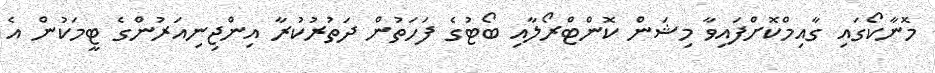
މޮނާކޯގައި ގާއިމްކޮށްފައިވާ މިޝަން ކޮންޓްރޯލާއި ބޯޓުގެ ފަހަތުން ދަތުރުކުރާ އިންޖިނިއަރުންގެ ޓީމަކުން އެ